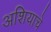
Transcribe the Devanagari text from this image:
अशियाचे